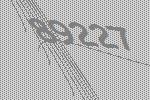
89227